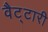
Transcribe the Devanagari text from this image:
वैट्टारी